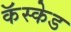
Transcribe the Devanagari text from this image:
कॅस्केड